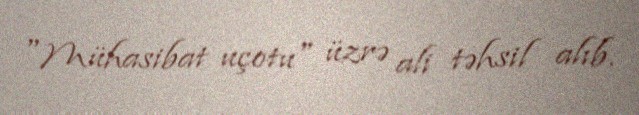
"Mühasibat uçotu" üzrə ali təhsil alıb.